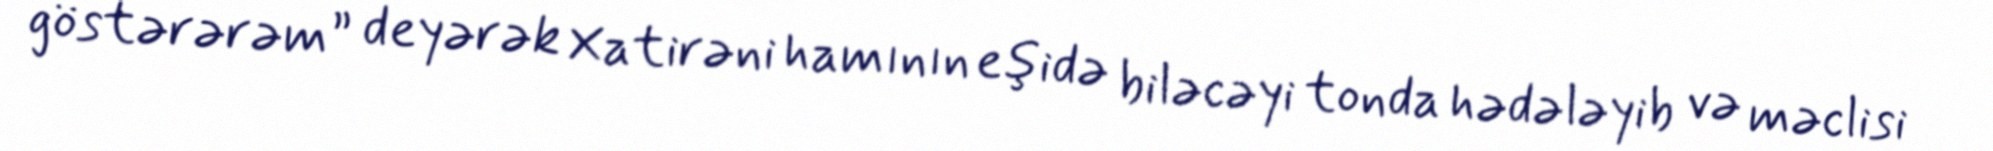
göstərərəm” deyərək Xatirəni hamının eşidə biləcəyi tonda hədələyib və məclisi